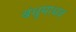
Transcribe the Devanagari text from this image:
बंधुमाधव